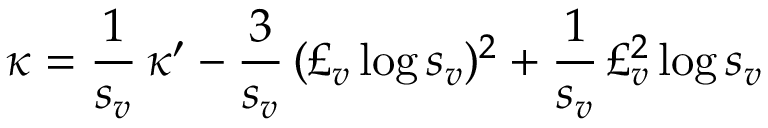
\kappa = \frac { 1 } { s _ { v } } \, \kappa ^ { \prime } - \frac { 3 } { s _ { v } } \, ( \pounds _ { v } \log s _ { v } ) ^ { 2 } + \frac { 1 } { s _ { v } } \, \pounds _ { v } ^ { 2 } \log s _ { v }